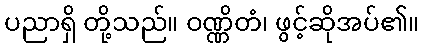
ပညာရှိ တို့သည်။ ဝဏ္ဏိတံ၊ ဖွင့်ဆိုအပ်၏။